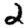
Digit: 2